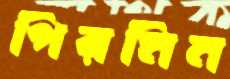
পিরমিন